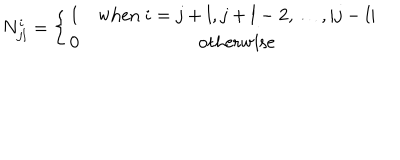
LaTeX: N _ { j l } ^ { i } = \left\{ \begin{matrix} { { 1 } } & { { \mathrm { w h e n } ~ i = j + l , j + l - 2 , \ldots , | j - l | } } \\ { { 0 } } & { { \mathrm { o t h e r w i s e } } } \\ \end{matrix} \right.